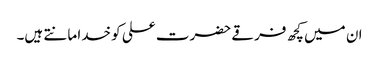
ان میں کچھ فرقے حضرت علی کو خدا مانتے ہیں۔